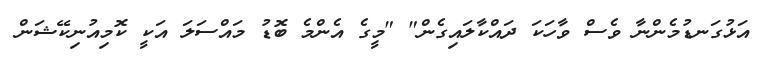
އަޅުގަނޑުމެންނާ ވެސް ވާހަކަ ދައްކާލައިގެން" "މީގެ އެންމެ ބޮޑު މައްސަލަ އަކީ ކޮމިއުނިކޭޝަން